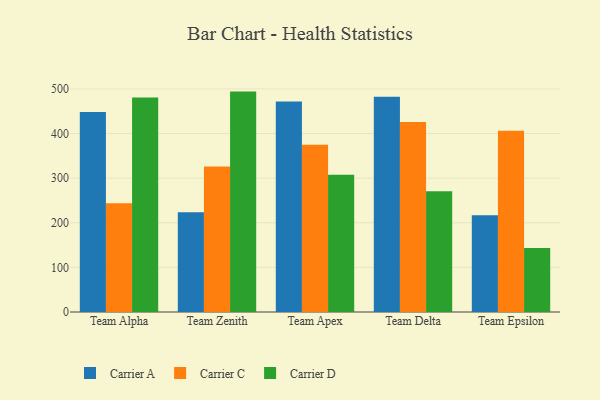
{"axis": {"x": "Team", "y": "Page Views"}, "legend": ["Carrier A", "Carrier C", "Carrier D"], "data": [{"x": "Team Alpha", "y": 448.2, "type": "Carrier A"}, {"x": "Team Alpha", "y": 244.0, "type": "Carrier C"}, {"x": "Team Alpha", "y": 480.6, "type": "Carrier D"}, {"x": "Team Zenith", "y": 223.6, "type": "Carrier A"}, {"x": "Team Zenith", "y": 326.4, "type": "Carrier C"}, {"x": "Team Zenith", "y": 494.0, "type": "Carrier D"}, {"x": "Team Apex", "y": 471.7, "type": "Carrier A"}, {"x": "Team Apex", "y": 374.6, "type": "Carrier C"}, {"x": "Team Apex", "y": 307.9, "type": "Carrier D"}, {"x": "Team Delta", "y": 482.3, "type": "Carrier A"}, {"x": "Team Delta", "y": 425.6, "type": "Carrier C"}, {"x": "Team Delta", "y": 270.8, "type": "Carrier D"}, {"x": "Team Epsilon", "y": 217.0, "type": "Carrier A"}, {"x": "Team Epsilon", "y": 406.5, "type": "Carrier C"}, {"x": "Team Epsilon", "y": 143.4, "type": "Carrier D"}]}